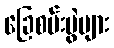
ခြေစမ်းပွဲများ